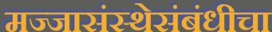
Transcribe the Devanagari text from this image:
मज्जासंस्थेसंबंधीचा